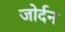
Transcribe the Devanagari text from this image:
जोर्दन